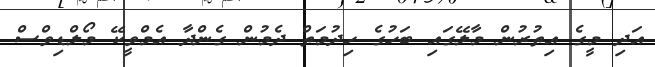
އަދި މީގެ އިތުރުން މާލޭގައި ބަހުގެ ހިދުމަތް ދެމުން ގެންދާ އެމްވީކޭ މޯލްޑިވްސް